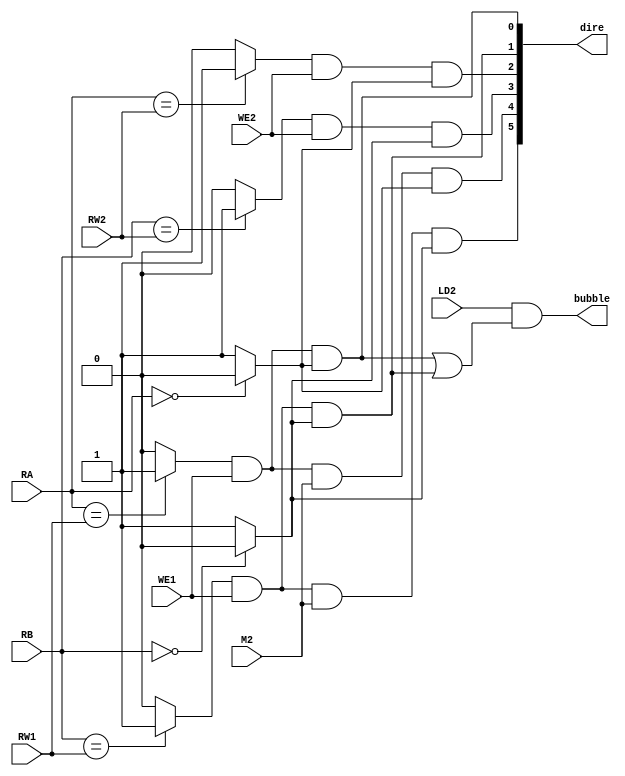
`timescale 1ns / 1ps
//////////////////////////////////////////////////////////////////////////////////
// Company: 
// Engineer: 
// 
// Design Name: 
// Module Name: redirection
// Project Name: 
// Target Devices: 
// Tool Versions: 
// Description: 
// 
// Dependencies: 
// 
// Revision:
// Revision 0.01 - File Created
// Additional Comments:
// 
//////////////////////////////////////////////////////////////////////////////////


module redirection(RA, RB, RW1, RW2, LD2, M2, WE1, WE2, bubble, dire);
	input [4:0]RA, RB, RW1, RW2;
	input LD2, M2, WE1, WE2;
	output bubble;
	output [5:0]dire;
	// wire a1, a2, b1, b2, am, bm;
	wire anez, bnez, ae1, be1, ae2, be2;
	

	assign anez= (RA==0)? 0: 1;
	assign bnez= (RB==0)? 0: 1;
	assign ae1= RA==RW1? 1: 0;
	assign ae2= RA==RW2? 1: 0;
	assign be1= RB==RW1? 1: 0;
	assign be2= RB==RW2? 1: 0;

	assign dire[0] = ae1&WE1&anez;
	assign dire[1] = be1&WE1&bnez;
	assign dire[2] = ae2&WE2&anez;
	assign dire[3] = be2&WE2&bnez;
	assign dire[4] = ae1&WE1&M2&anez;
	assign dire[5] = be1&WE1&M2&bnez;

	assign bubble=LD2&(dire[0]|dire[1]);
	

endmodule